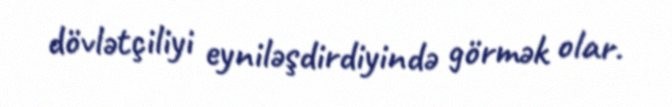
dövlətçiliyi eyniləşdirdiyində görmək olar.